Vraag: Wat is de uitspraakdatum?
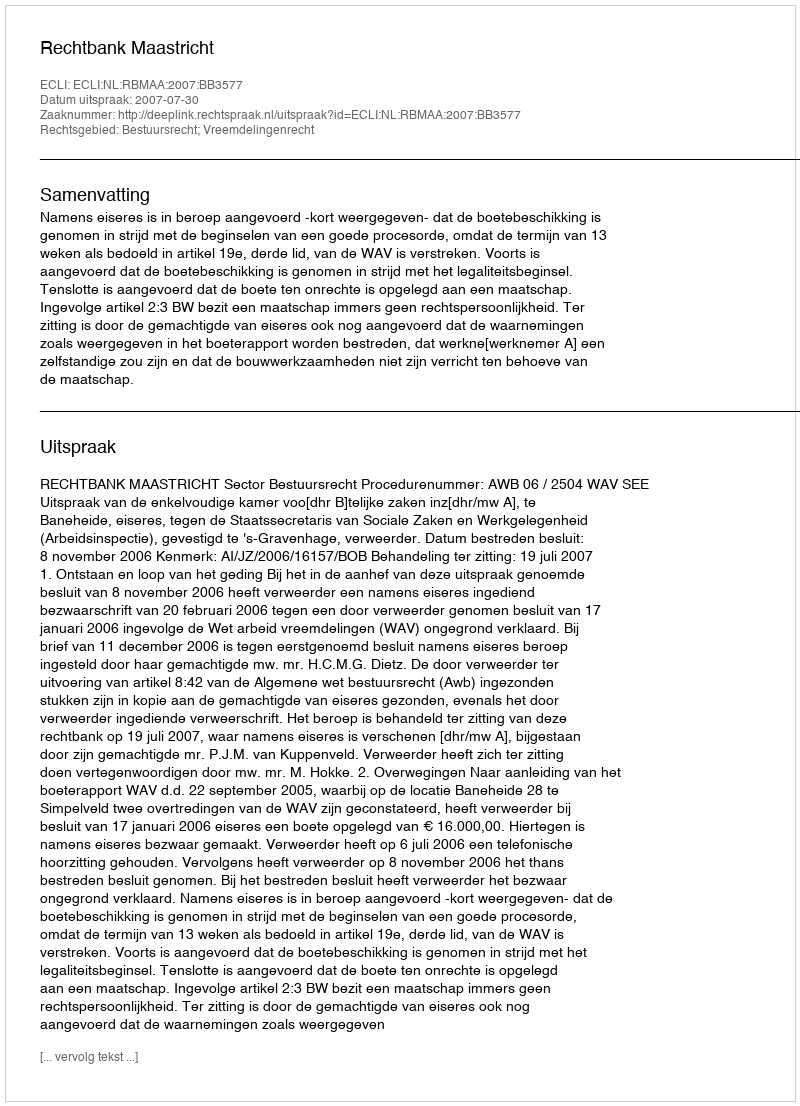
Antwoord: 2007-07-30